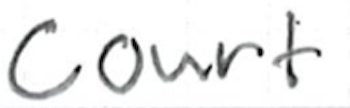
Text: Court
Cross-out: clean
Writing tool: ballpoint